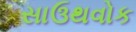
સાઉથવોક